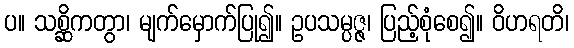
ပ။ သစ္ဆိကတွာ၊ မျက်မှောက်ပြု၍။ ဥပသမ္ပဇ္ဇ၊ ပြည့်စုံစေ၍။ ဝိဟရတိ၊